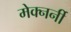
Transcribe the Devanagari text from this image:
मेक्नर्नी